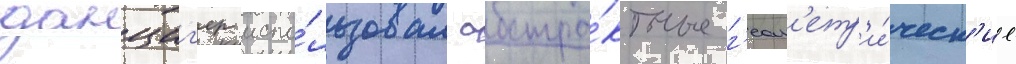
данциг'ер испо́льзовал абстра́ктные г'еом'етр'и́ческ'ие